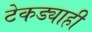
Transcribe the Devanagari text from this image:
टेकड्याही